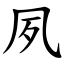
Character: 夙